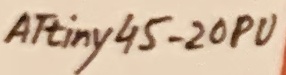
Text: ATtiny45-20PU